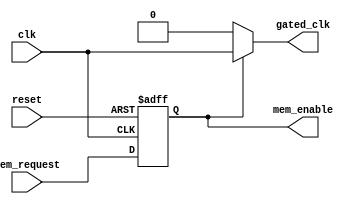
module top_level_control (
    input wire clk,                  // Master clock
    input wire reset,                // Reset signal
    input wire mem_request,          // Memory request signal (read/write)
    output wire gated_clk,           // Gated clock output
    output wire mem_enable           // Memory block enable signal
);

    reg enable;
    
    // Master control logic to generate enable signal
    always @(posedge clk or posedge reset) begin
        if (reset) begin
            enable <= 1'b0;
        end else begin
            enable <= mem_request; // Enable when there's a memory request
        end
    end

    assign mem_enable = enable; // Output enable signal for memory blocks
    assign gated_clk = enable ? clk : 1'b0; // Gated clock output

endmodule